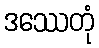
ဒဿေတုံ